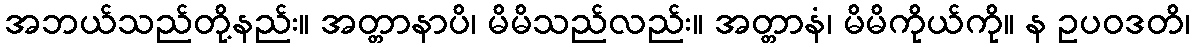
အဘယ်သည်တို့နည်း။ အတ္တာနာပိ၊ မိမိသည်လည်း။ အတ္တာနံ၊ မိမိကိုယ်ကို။ န ဥပဝဒတိ၊